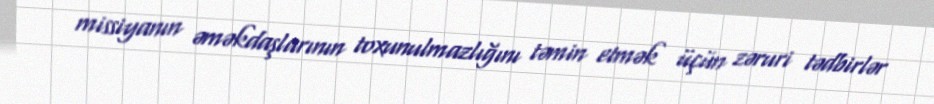
missiyanın əməkdaşlarının toxunulmazlığını təmin etmək üçün zəruri tədbirlər